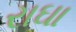
રાઘા